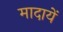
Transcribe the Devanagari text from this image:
मादायें